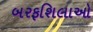
બરફશિલાઓ